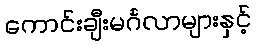
ကောင်းချီးမင်္ဂလာများနှင့်